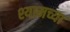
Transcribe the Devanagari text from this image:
श्यामच्या